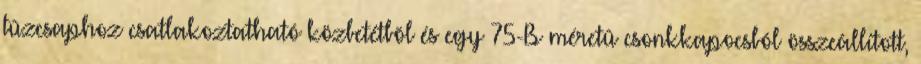
tûzcsaphoz csatlakoztatható közbetétbõl és egy 75-B méretû csonkkapocsból összeállított,